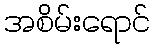
အစိမ်းရောင်